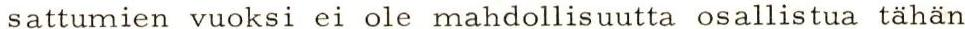
sattumien vuoksi ei ole mahdollisuutta osallistua tähän